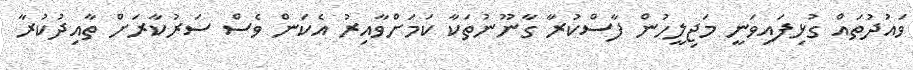
ވައުދުތައް ގުޅިފައިވަނީ މަޖިލީހުން ފާސްކުރާ ގާނޫނުތަކާ ކަމަށްވާއިރު އެކަން ވެސް ސަރުކާރަށް ތާއިދުކުރާ